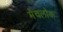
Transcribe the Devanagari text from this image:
मेचलोक